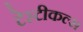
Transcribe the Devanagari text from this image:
टेस्टीकल्स